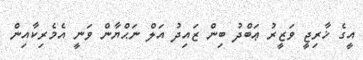
އީގެ ޚާރިޖީ ވަޒީރު ޢަބްދު ބިން ޒައިދު އަލް ނަޙްޔާން ވަނީ އެމެރިކާއިން